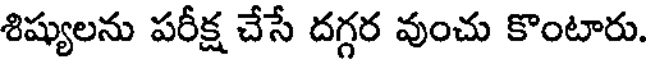
శిష్యులను పరీక్ష చేసే దగ్గర వుంచు కొంటారు.